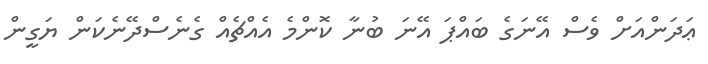
ޢަދަންއަށް ވެސް އޭނަގެ ބައްޕަ އޭނަ ބުނާ ކޮންމެ އެއްޗެއް ގެނެސްދޭނެކަން ޔަގީން